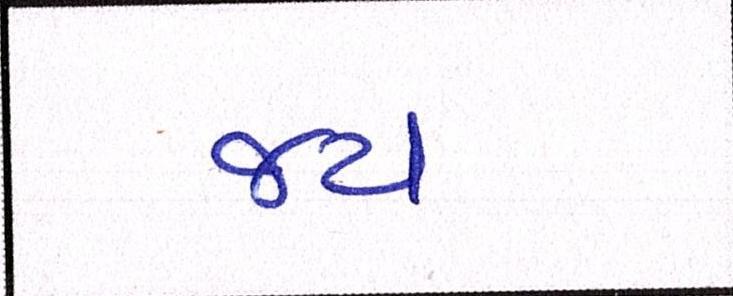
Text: જય